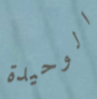
الوحيدة